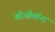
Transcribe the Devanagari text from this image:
बीओमॉन्ट